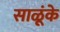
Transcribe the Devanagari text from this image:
साळूंके